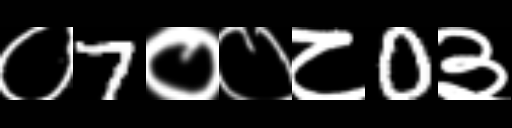
Text: ०7००८0३